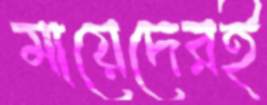
মায়েদেরই